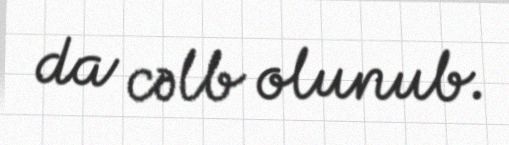
da cəlb olunub.